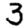
Digit: 3